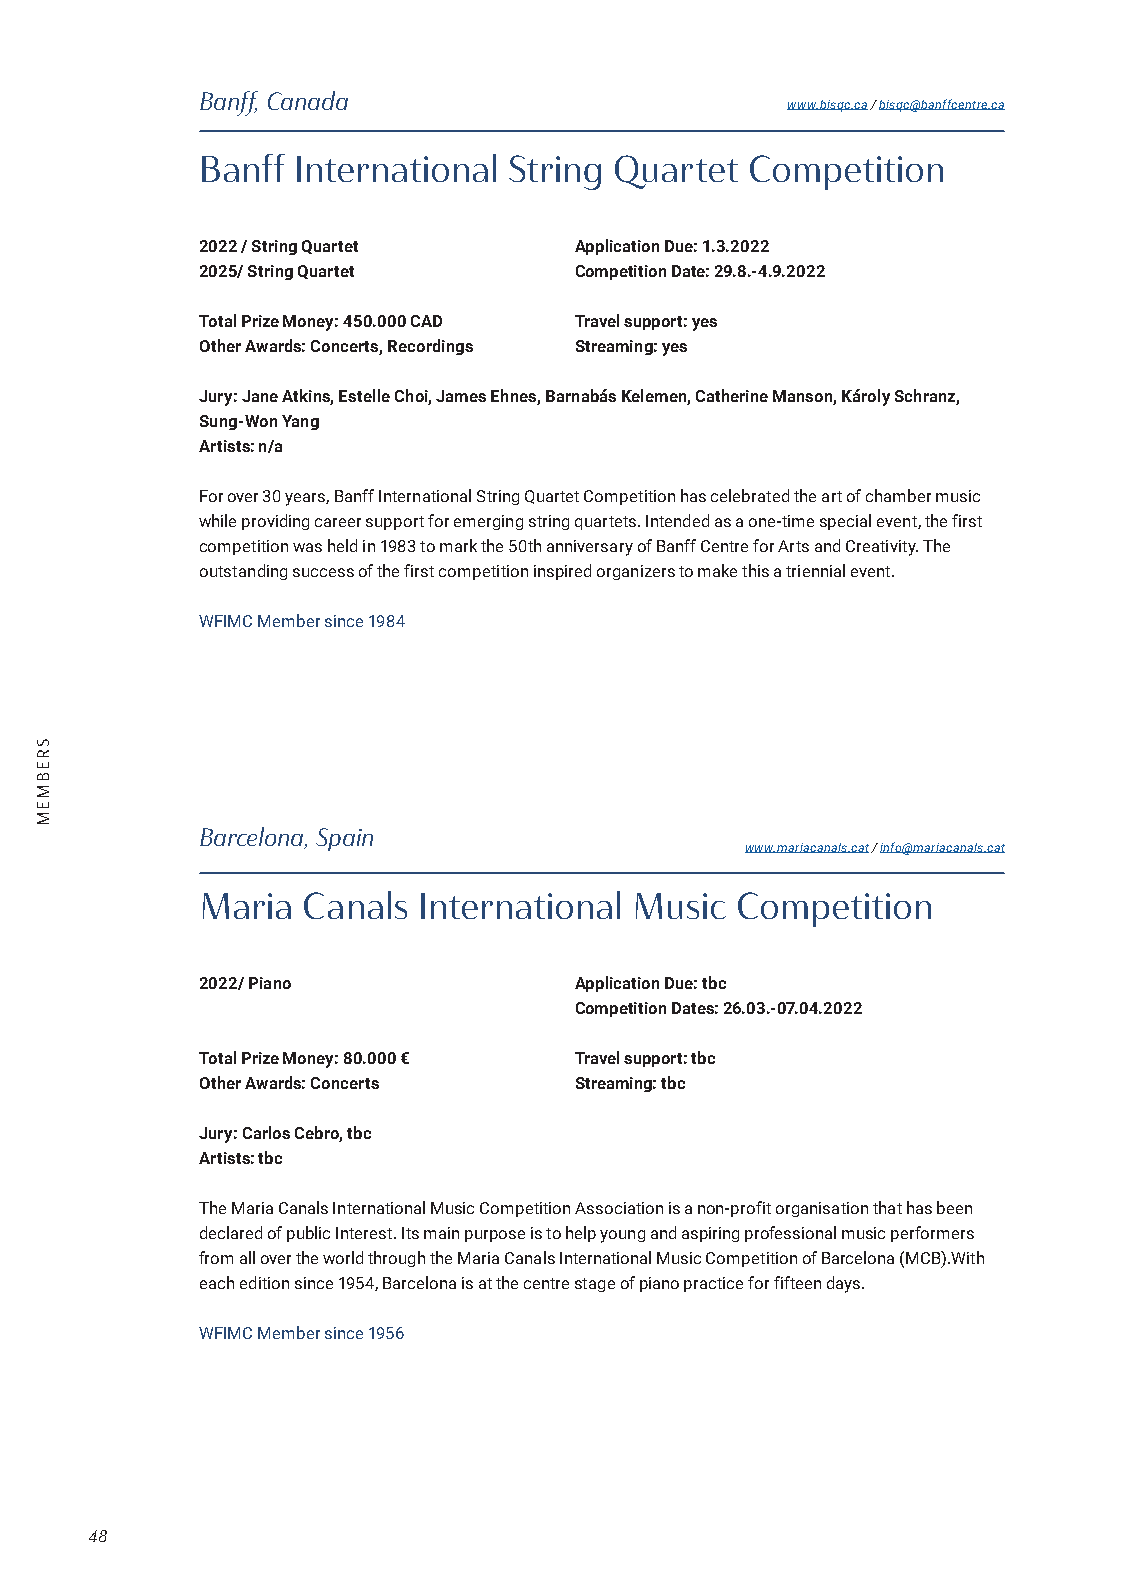
Banff, Canada
 www.bisqc.ca / bisqc@banffcentre.ca
 Banff International  String Quartet  Competition
 2022 / String Quartet    Application Due: 1.3.2022
 2025/ String Quartet     Competition Date: 29.8.-4.9.2022
 Total Prize Money: 450.000 CAD Travel support: yes
 Other Awards: Concerts, Recordings Streaming: yes
 Jury: Jane Atkins, Estelle Choi, James Ehnes, Barnabás Kelemen, Catherine Manson, Károly Schranz,
 Sung-Won Yang
 Artists: n/a
 For over 30 years, Banff International String Quartet Competition has celebrated the art of chamber music
 while providing career support for emerging string quartets. Intended as a one-time special event, the first
 competition was held in 1983 to mark the 50th anniversary of Banff Centre for Arts and Creativity. The
 outstanding success of the first competition inspired organizers to make this a triennial event.
 WFIMC Member since 1984
 Barcelona, Spain
 www.mariacanals.cat / info@mariacanals.cat
 Maria  Canals  International Music  Competition
 2022/ Piano              Application Due: tbc
 Competition Dates: 26.03.-07.04.2022
 Total Prize Money: 80.000 € Travel support: tbc
 Other Awards: Concerts   Streaming: tbc
 Jury: Carlos Cebro, tbc
 Artists: tbc
 The Maria Canals International Music Competition Association is a non-profit organisation that has been
 declared of public Interest. Its main purpose is to help young and aspiring professional music performers
 from all over the world through the Maria Canals International Music Competition of Barcelona (MCB).With
 each edition since 1954, Barcelona is at the centre stage of piano practice for fifteen days.
 WFIMC Member since 1956
 48
 SREBMEM